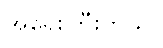
အရေးကြီးတယ်။